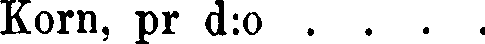
Korn, pr d:o . . . .